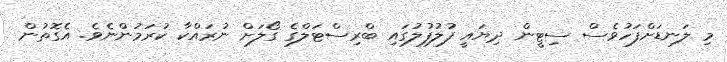
މި ލަނޑަށްފަހުވެސް ސިޓީން ދިޔައީ ފުލުފުލުގައި ބްރިސްޓަލްގެ ގޯލަށް ނުރައްކާ ކުރަމުންނެވެ. އެގޮތުން